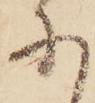
に